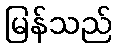
မြန်သည်